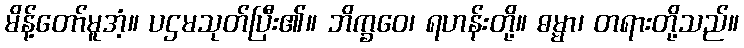
မိန့်တော်မူအံ့။ ပဌမသုတ်ပြီး၏။ ဘိက္ခဝေ၊ ရဟန်းတို့။ ဓမ္မာ၊ တရားတို့သည်။